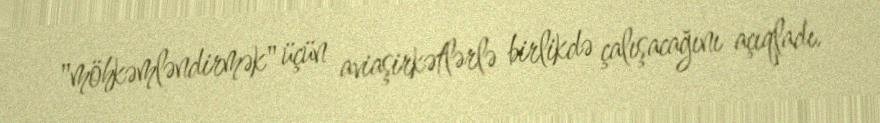
"möhkəmləndirmək" üçün aviaşirkətlərlə birlikdə çalışacağını açıqladı.